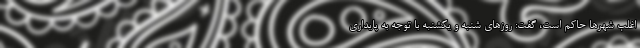
اغلب شهرها حاکم است، گفت: روزهای شنبه و یکشنبه با توجه به پایداری